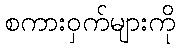
စကားဝှက်များကို